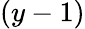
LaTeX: (y-1)